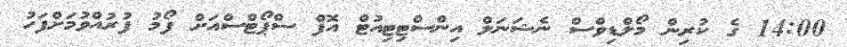
14:00 ގެ ކުރިން މޯލްޑިވްސް ނެޝަނަލް އިންސްޓިޓިއުޓް އޮފް ސްޕޯޓްސްއަށް ފޯމު ފުރުއްވުމަށްފަހު